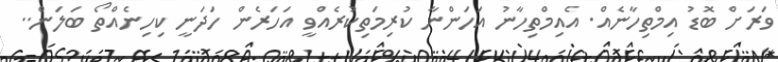
ވަަަރަށް ބޮޑު އިމްތިހާނެއް. އެއިމްްްްްތިހާނު އަަަަަހަންނާ ކުުުުރިމަތިކުރެެެއްވީީ އަހަރެން ހަަަދަނީ ކިިިިހިނެއްތޯ ބަލަން..